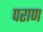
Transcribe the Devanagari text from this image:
पराण